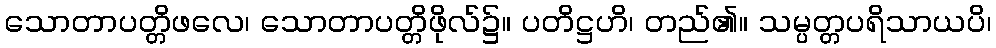
သောတာပတ္တိဖလေ၊ သောတာပတ္တိဖိုလ်၌။ ပတိဋ္ဌဟိ၊ တည်၏။ သမ္ပတ္တပရိသာယပိ၊